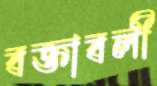
বক্তাবলী